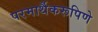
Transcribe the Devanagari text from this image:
परमार्थैकरूपिणे